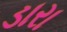
ડારા